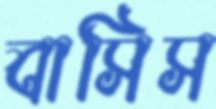
বাসিস